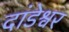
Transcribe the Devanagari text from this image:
दांडेश्वर